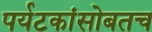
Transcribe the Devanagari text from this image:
पर्यटकांसोबतच